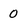
Character: 0